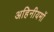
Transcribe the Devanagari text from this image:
अहिनीयमों